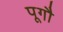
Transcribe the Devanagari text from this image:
पूगौ